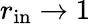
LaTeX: r_{\mathrm{in}}\to 1